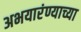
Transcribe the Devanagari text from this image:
अभयारंण्याच्या